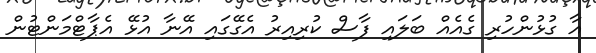
އާ ގުޅުންހުރި ގެއެއް ބަލައި ފާސް ކުރިއިރު އެގޭގައި އޭނާ އުޅޭ އެޕާޓްމަންޓުން